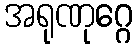
အရုဏုဂ္ဂေ